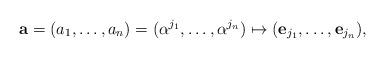
LaTeX: \begin{align*}\mathbf{a}=(a_1,\dots,a_n) = (\alpha^{j_1},\dots,\alpha^{j_n})\mapsto(\mathbf{e}_{j_1},\dots,\mathbf{e}_{j_n}),\end{align*}